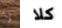
لأ كلا